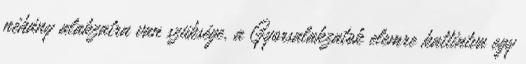
néhány alakzatra van szüksége, a Gyorsalakzatok elemre kattintva egy